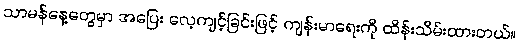
သာမန်နေ့တွေမှာ အပြေး လေ့ကျင့်ခြင်းဖြင့် ကျန်းမာရေးကို ထိန်းသိမ်းထားတယ်။